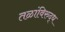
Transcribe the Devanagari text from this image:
तळांविरुद्ध